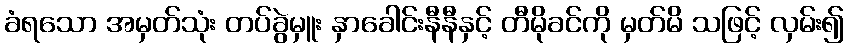
ခံရသော အမှတ်သုံး တပ်ခွဲမှူး နှာခေါင်းနီနီနှင့် တီမိုခင်ကို မှတ်မိ သဖြင့် လှမ်း၍